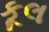
કૂલ